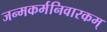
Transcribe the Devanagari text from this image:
जन्मकर्मनिवारकम्